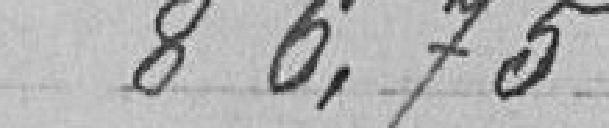
86,75